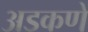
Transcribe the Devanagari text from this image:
अडकणे